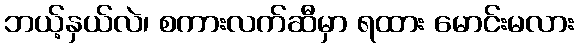
ဘယ့်နှယ်လဲ၊ စကားလက်ဆီမှာ ရထား မောင်းမလား